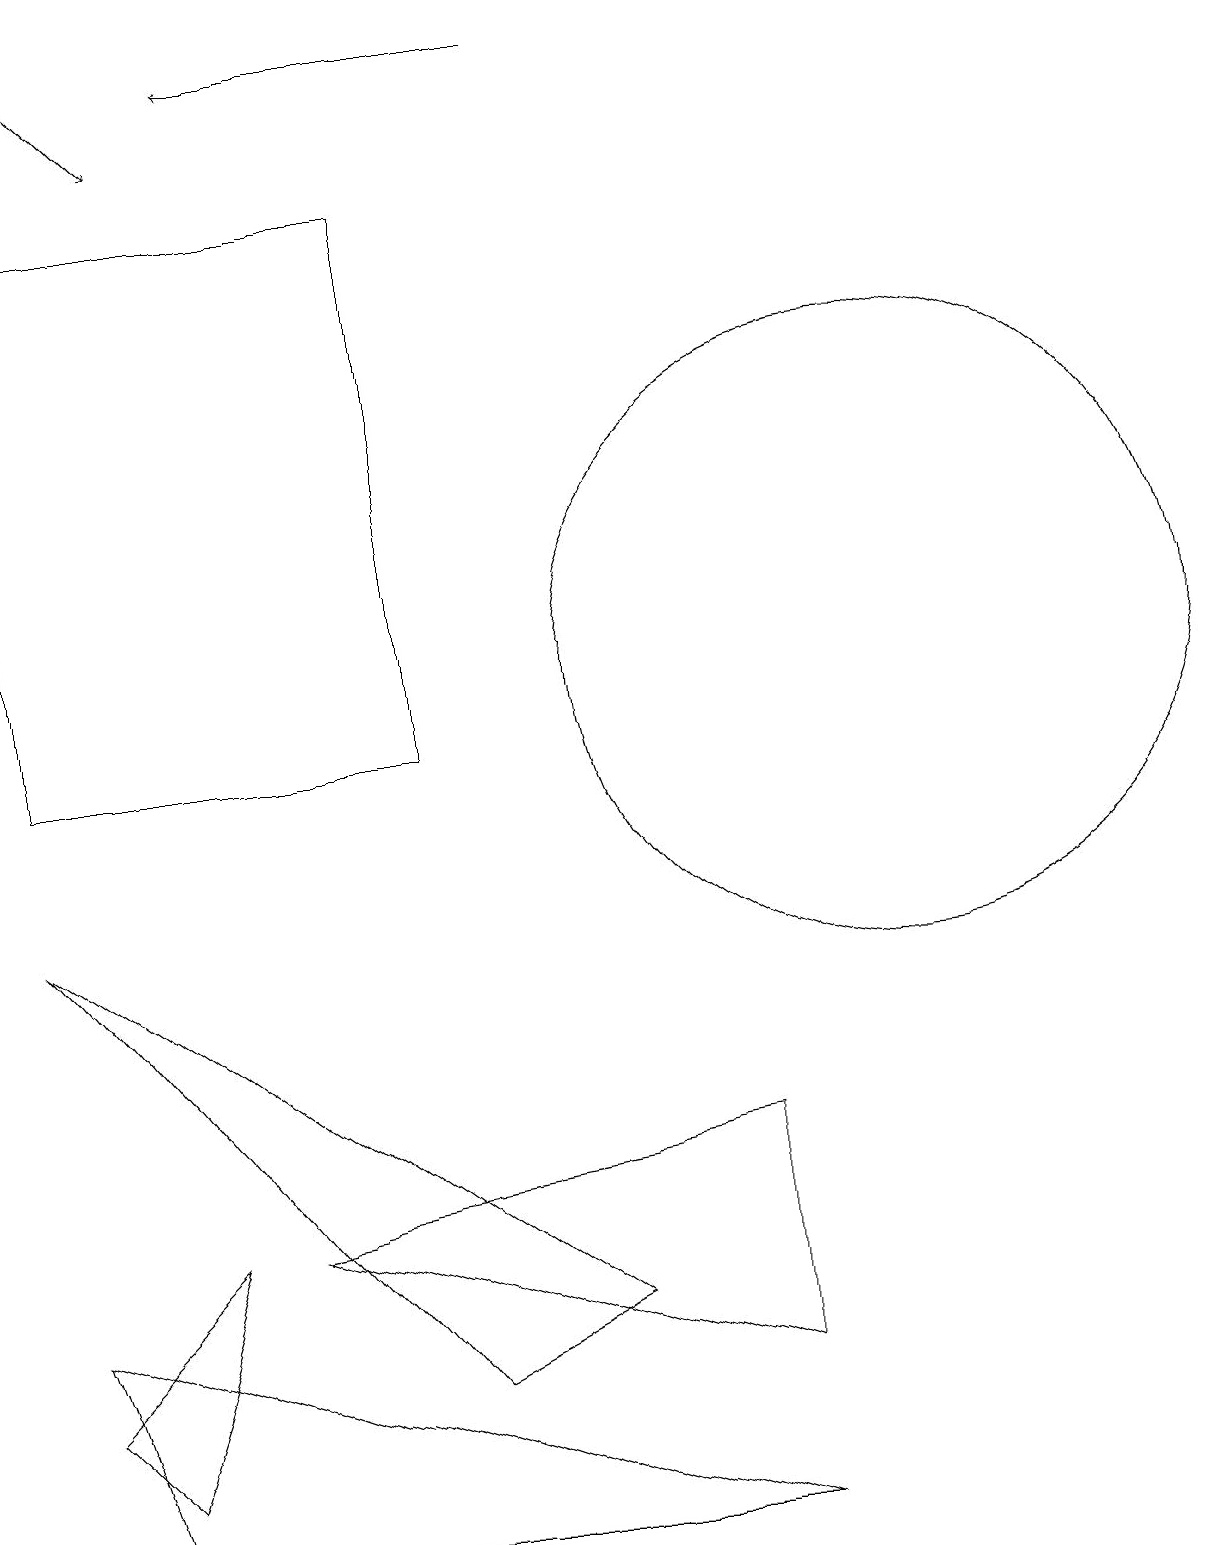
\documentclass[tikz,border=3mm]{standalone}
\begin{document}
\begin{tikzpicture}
\draw (0,3) -- (1,0) -- (9,0) -- cycle;
\draw[->] (1,19) -- (2,18);
\draw (11,11) circle (4);
\draw (0,17) rectangle (5,10);
\draw (1,1) -- (0,2) -- (2,4) -- cycle;
\draw[->] (7,19) -- (3,19);
\draw (9,5) -- (9,2) -- (3,4) -- cycle;
\draw (0,8) -- (7,3) -- (5,2) -- cycle;
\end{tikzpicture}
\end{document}